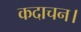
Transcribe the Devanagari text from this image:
कदाचन।